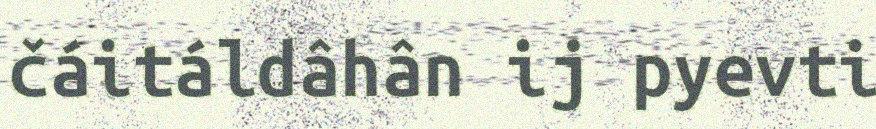
čáitáldâhân ij pyevti